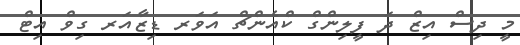
މީ ދިސް އިޒް ދަ ފީލިންގް ކްއެންޗް އަވަރ ޑިޒާއަރ ގިވް އިޓް